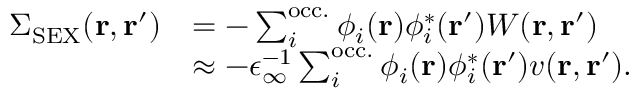
\begin{array} { r l } { \Sigma _ { \mathrm { S E X } } ( \mathbf { r } , \mathbf { r } ^ { \prime } ) } & { = - \sum _ { i } ^ { \mathrm { o c c . } } \phi _ { i } ( \mathbf { r } ) \phi _ { i } ^ { * } ( \mathbf { r } ^ { \prime } ) W ( \mathbf { r } , \mathbf { r } ^ { \prime } ) } \\ & { \approx - \epsilon _ { \infty } ^ { - 1 } \sum _ { i } ^ { \mathrm { o c c . } } \phi _ { i } ( \mathbf { r } ) \phi _ { i } ^ { * } ( \mathbf { r } ^ { \prime } ) v ( \mathbf { r } , \mathbf { r } ^ { \prime } ) . } \end{array}